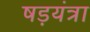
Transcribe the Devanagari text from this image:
षड़यंत्रा